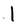
Character: l